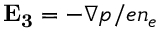
\mathbf { E _ { 3 } } = - \nabla p / e n _ { e }